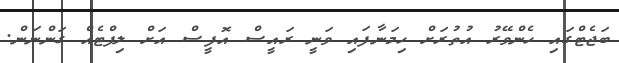
ބަޖެޓްގައި ހެންވޭރު އުތުރަށް ހިމަނާފައި ވަނީ ރައީސް އޮފީސް އަށް ލިފްޓެއް ގަންނަން.